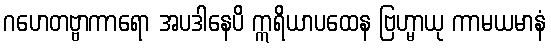
ဂဟေတဗ္ဗာကာရော အပဒါနေပိ ဣရိယာပထေန ဗြဟ္မာယု ကာမယမာနံ